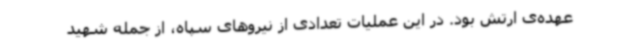
عهده‌ی ارتش بود. در این عملیات تعدادی از نیروهای سپاه، از جمله شهید